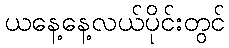
ယနေ့နေ့လယ်ပိုင်းတွင်